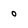
Character: o